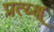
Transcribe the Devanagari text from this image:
प्रत्य्क्ष्